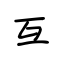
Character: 互